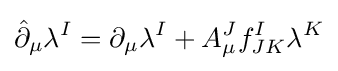
{\hat {\partial }}_{\mu }\lambda ^{I}=\partial _{\mu }\lambda ^{I}+A_{\mu }^{J}f_{JK}^{I}\lambda ^{K}